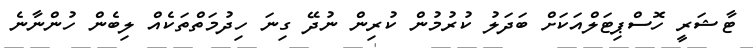
ޓާޝަރީ ހޮސްޕިޓަލްއަކަށް ބަދަލު ކުރުމުން ކުރިން ނުދޭ ގިނަ ހިދުމަތްތަކެއް ލިބެން ހުންނާނެ